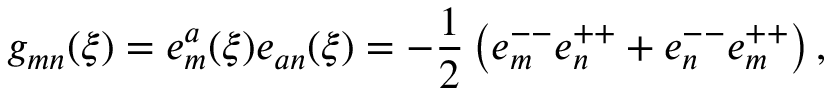
g _ { m n } ( \xi ) = e _ { m } ^ { a } ( \xi ) e _ { a n } ( \xi ) = - { \frac { 1 } { 2 } } \left( e _ { m } ^ { -- } e _ { n } ^ { + + } + e _ { n } ^ { -- } e _ { m } ^ { + + } \right) ,